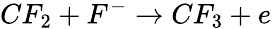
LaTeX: CF_{2}+F^{-}\rightarrow CF_{3}+e